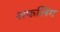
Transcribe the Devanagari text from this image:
शफलिंग